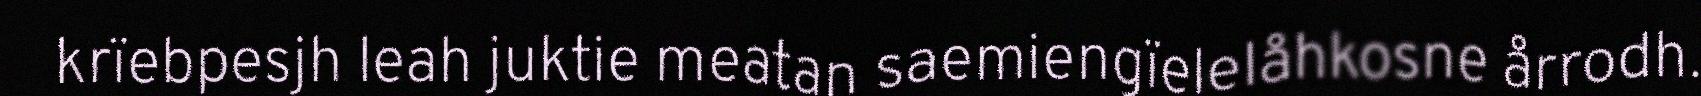
krïebpesjh leah juktie meatan saemiengïelelåhkosne årrodh.